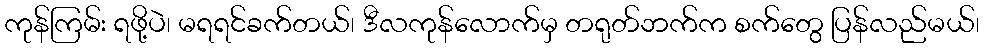
ကုန်ကြမ်း ရဖို့ပဲ၊ မရရင်ခက်တယ်၊ ဒီလကုန်လောက်မှ တရုတ်ဘက်က စက်တွေ ပြန်လည်မယ်၊